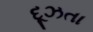
દૂઝતા